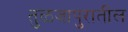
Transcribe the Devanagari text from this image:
तुळजापुरातील